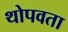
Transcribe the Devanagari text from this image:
थोपवता